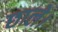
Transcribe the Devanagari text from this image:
छाले।